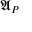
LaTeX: { \mathfrak { A } } _ { P }